Annual report on the working of the Harcourt Butler Institute of Public Health, Rangoon
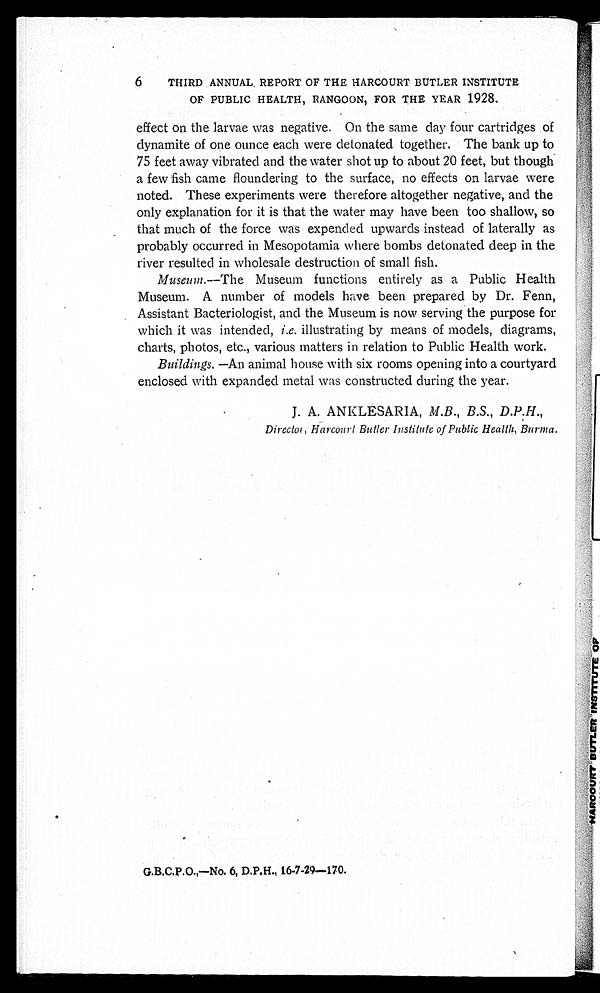
6
THIRD ANNUAL REPORT OF THE HARCOURT BUTLER INSTITUTE
OF PUBLIC HEALTH, RANGOON, FOR THE YEAR 1928.
effect on the larvae was negative. On the same day four cartridges of
dynamite of one ounce each were detonated together. The bank up to
75 feet away vibrated and the water shot up to about 20 feet, but though
a few fish came floundering to the surface, no effects on larvae were
noted. These experiments were therefore altogether negative, and the
only explanation for it is that the water may have been too shallow, so
that much of the force was expended upwards instead of laterally as
probably occurred in Mesopotamia where bombs detonated deep in the
river resulted in wholesale destruction of small fish.
Museum.—The Museum functions entirely as a Public Health
Museum. A number of models have been prepared by Dr. Fenn,
Assistant Bacteriologist, and the Museum is now serving the purpose for
which it was intended, i.e. illustrating by means of models, diagrams,
charts, photos, etc., various matters in relation to Public Health work.
Buildings. —An animal house with six rooms opening into a courtyard
enclosed with expanded metal was constructed during the year.
J. A. ANKLESARIA, M.B., B.S., D.P.H.,
Director, Harcourt Butler Institute of Public Health, Burma.
G.B.C.P.O.,—No. 6, D.P.H., 16-7-29—170.